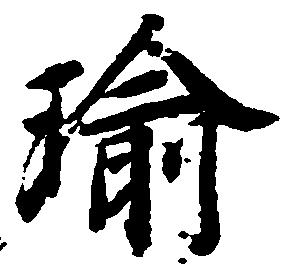
瑜